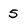
Character: 5